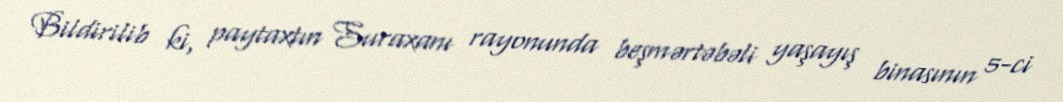
Bildirilib ki, paytaxtın Suraxanı rayonunda beşmərtəbəli yaşayış binasının 5-ci